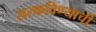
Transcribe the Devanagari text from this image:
सरकविण्याची